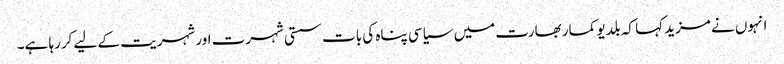
انہوں نے مزید کہا کہ بلدیو کمار بھارت میں سیاسی پناہ کی بات سستی شہرت اور شہریت کے لیے کررہا ہے۔